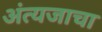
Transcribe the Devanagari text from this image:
अंत्यजाचा